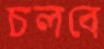
চলবে